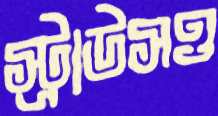
স্ট্রাউসও